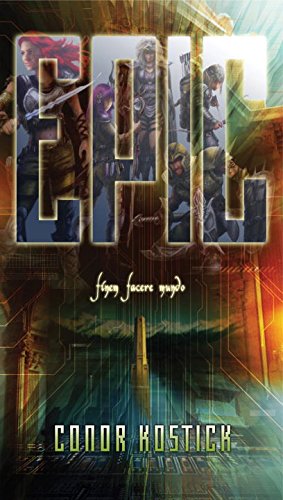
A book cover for Epic; Conor Kostick; Teen & Young Adult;